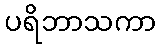
ပရိဘာသကာ